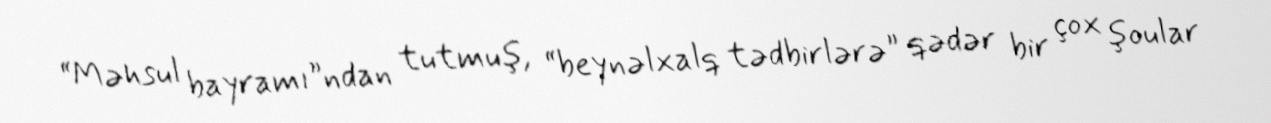
“Məhsul bayramı”ndan tutmuş, “beynəlxalq tədbirlərə” qədər bir çox şoular